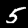
Label: 5